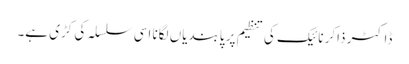
ڈاکٹر ذاکر نائیک کی تنظیم پر پابندیاں لگانا اسی سلسلہ کی کڑی ہے۔